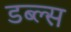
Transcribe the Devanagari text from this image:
डब्ल्स